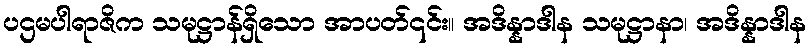
ပဌမပါရာဇိက သမုဋ္ဌာန်ရှိသော အာပတ်၎င်း။ အဒိန္နာဒါန သမုဋ္ဌာနာ၊ အဒိန္နာဒါန